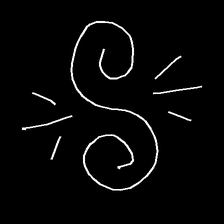
Glyph: wind-directs-air